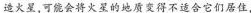
造火星，可能会将火星的地质变得不适合它们居住，